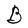
Character: B